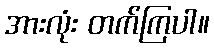
အားလုံး တက်ကြပါ။